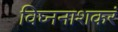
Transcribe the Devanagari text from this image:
विघ्ननाशकरं